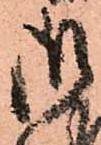
御